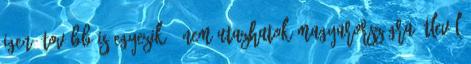
igen, tovább is egyezik . Nem utazhatok Magyarországra útlevél